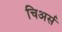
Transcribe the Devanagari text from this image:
चिअर्स